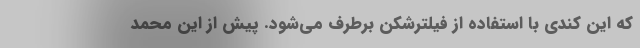
که این کندی با استفاده از فیلترشکن برطرف می‌شود. پیش از این محمد